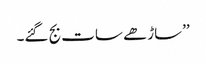
’’ساڑھے سات بج گئے۔